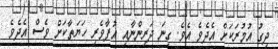
ދިގު އުމުރަކަށް އެދެވެ އެވެ. ގިނަ ދަރިންނާއި އުފާވެރި ހަޔަތާކަށް ވެސް އެދެވެ